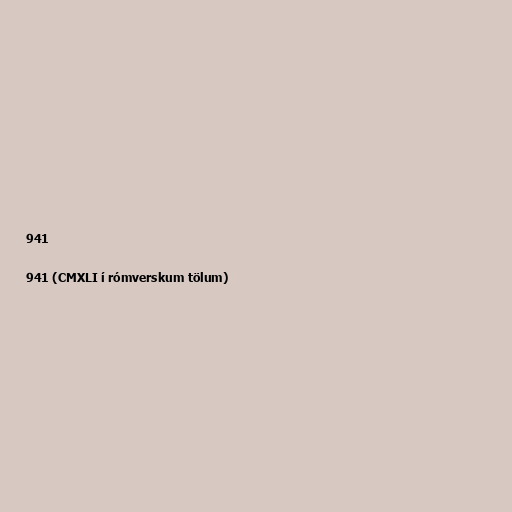
941

941 (CMXLI í rómverskum tölum)